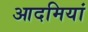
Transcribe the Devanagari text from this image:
आदमियां